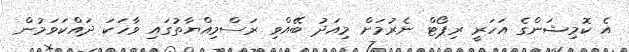
އެ ކޮމިޝަންގެ އަހަރީ ރިޕޯޓް ނެރުމަށް މިއަދު ބޭއްވި ރަސްމިއްޔާތުގައި ވާހަކަ ދައްކަވަމުން